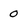
Character: 0